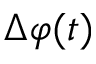
\Delta \varphi ( t )